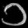
Digit: ၁